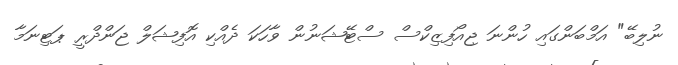
ނުލިބޭ" އަމްބަންގައި ހުންނަ ޖިއޯފިޒިކްސް ސްޓޭޝަނުން ވާހަކަ ދެއްކި އޮފިޝަލް ޖަންދްރީ ޕަޓިނަމާ